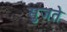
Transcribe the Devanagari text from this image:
सुजते